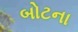
બોટના